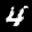
Label: 4